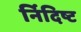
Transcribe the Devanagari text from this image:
र्निदिष्ट